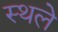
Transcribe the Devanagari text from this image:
स्थले